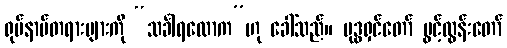
ရုပ်နာမ်တရားများကို “သင်္ခါရလောက”ဟု ခေါ်သည်။ ဗုဒ္ဓရှင်တော် ပွင့်ထွန်းတော်